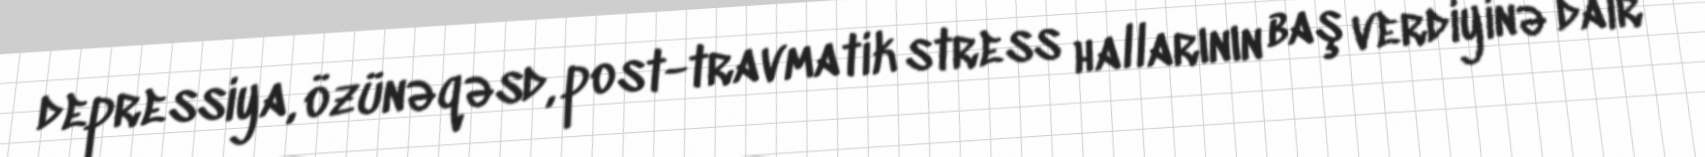
depressiya, özünəqəsd, post-travmatik stress hallarının baş verdiyinə dair